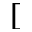
[